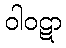
ဝါဝဋာ